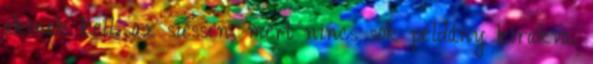
akinek kell, az siessen, mert nincs sok példány kirakva.